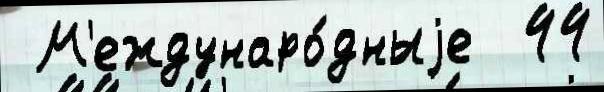
 М'еждунаро́дныjе  44